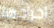
اخراجها